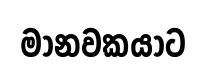
මානවකයාට